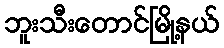
ဘူးသီးတောင်မြို့နယ်